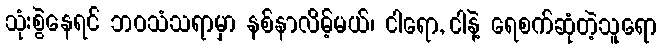
သုံးစွဲနေရင် ဘဝသံသရာမှာ နစ်နာလိမ့်မယ်၊ ငါရော, ငါနဲ့ ရေစက်ဆုံတဲ့သူရော